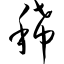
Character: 稀